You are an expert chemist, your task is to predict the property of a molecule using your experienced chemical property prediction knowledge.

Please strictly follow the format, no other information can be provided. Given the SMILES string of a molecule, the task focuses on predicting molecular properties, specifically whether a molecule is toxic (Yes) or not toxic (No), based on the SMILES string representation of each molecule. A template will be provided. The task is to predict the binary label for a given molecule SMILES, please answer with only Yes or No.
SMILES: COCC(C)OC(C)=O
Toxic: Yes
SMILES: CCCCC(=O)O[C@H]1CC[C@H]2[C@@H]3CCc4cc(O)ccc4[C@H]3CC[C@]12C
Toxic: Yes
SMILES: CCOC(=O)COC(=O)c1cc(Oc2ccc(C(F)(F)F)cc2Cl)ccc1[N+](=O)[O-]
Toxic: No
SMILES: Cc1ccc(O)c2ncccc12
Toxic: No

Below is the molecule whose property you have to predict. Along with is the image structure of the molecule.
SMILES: CC(C)=CCC/C(C)=C\CO
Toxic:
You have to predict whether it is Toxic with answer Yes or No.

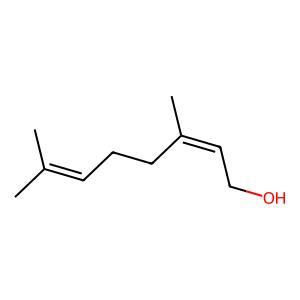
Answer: No